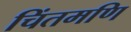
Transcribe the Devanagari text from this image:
चिंतमणि